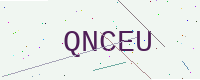
Text: QNCEU